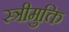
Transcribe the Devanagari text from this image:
स्त्रीमुक्ति